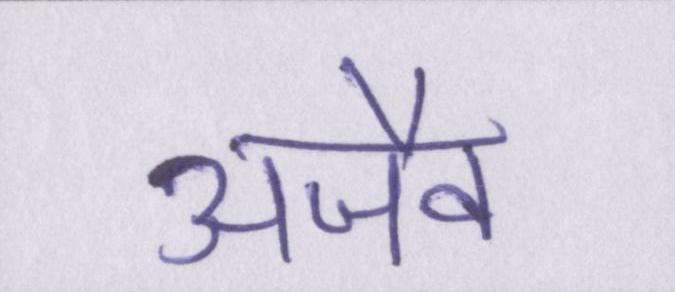
अजैव